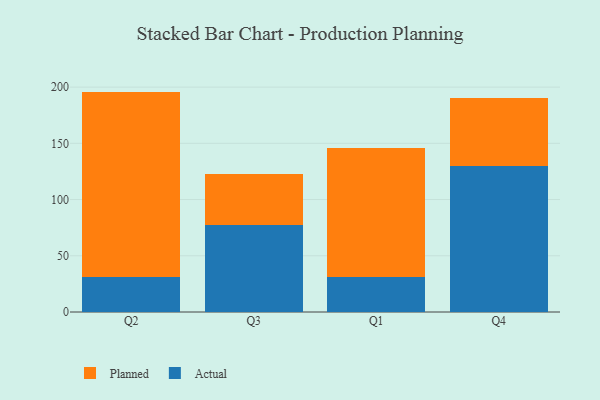
{"axis": {"x": "Quarter", "y": "Net Income (USD K)"}, "legend": ["Actual", "Planned"], "data": [{"x": "Q2", "y": 31.2, "type": "Actual"}, {"x": "Q2", "y": 164.8, "type": "Planned"}, {"x": "Q3", "y": 77.4, "type": "Actual"}, {"x": "Q3", "y": 45.1, "type": "Planned"}, {"x": "Q1", "y": 31.5, "type": "Actual"}, {"x": "Q1", "y": 114.4, "type": "Planned"}, {"x": "Q4", "y": 130.0, "type": "Actual"}, {"x": "Q4", "y": 60.0, "type": "Planned"}]}